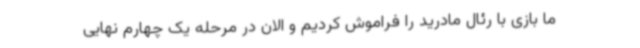
ما بازی با رئال مادرید را فراموش کردیم و الان در مرحله یک چهارم نهایی